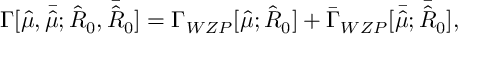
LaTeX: \Gamma [ { \hat { \mu } } , { \bar { \hat { \mu } } } ; { \hat { R } _ { 0 } } , { \bar { \hat { R } _ { 0 } } } ] = \Gamma _ { W Z P } [ { \hat { \mu } } ; { \hat { R } _ { 0 } } ] + { \bar { \Gamma } _ { W Z P } } [ { \bar { \hat { \mu } } } ; { \bar { \hat { R } _ { 0 } } } ] ,